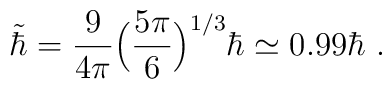
\tilde\hbar={9\over 4\pi}\Big({5\pi\over 6}\Big)^{1/3}\hbar\simeq0.99\hbar\ .